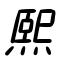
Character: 熙